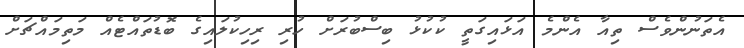
އެތަނުންވެސް ތިއާ އެންމެ އަޅައިގަތީ ކުކުޅު ބިސްބުރަށް ހުރި ރިހިކުލައިގެ ބޮޑުތައްޓެއް މަތިމައްޗަށް